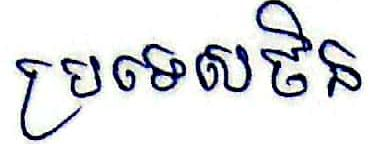
ប្រទេសចិន